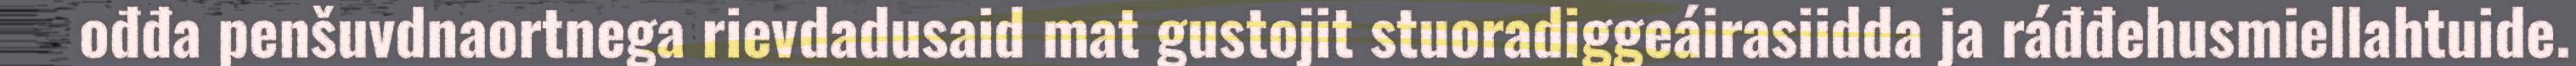
ođđa penšuvdnaortnega rievdadusaid mat gustojit stuoradiggeáirasiidda ja ráđđehusmiellahtuide.